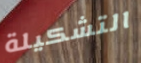
التشكيلة